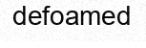
defoamed